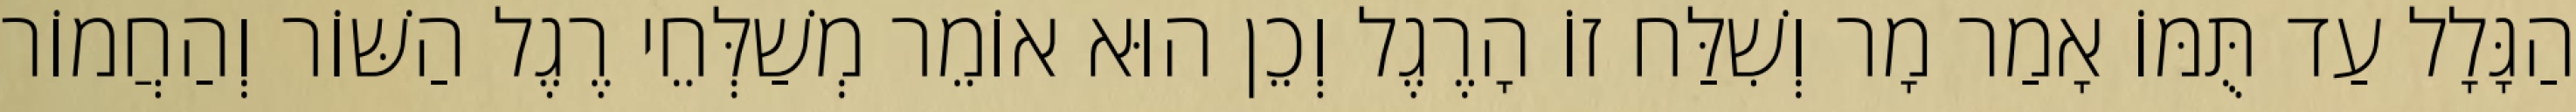
הַגָּלָל עַד תֻּמּוֹ אָמַר מָר וְשִׁלַּח זוֹ הָרֶגֶל וְכֵן הוּא אוֹמֵר מְשַׁלְּחֵי רֶגֶל הַשּׁוֹר וְהַחֲמוֹר